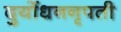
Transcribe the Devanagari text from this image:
दुर्योधननृपती